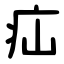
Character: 疝